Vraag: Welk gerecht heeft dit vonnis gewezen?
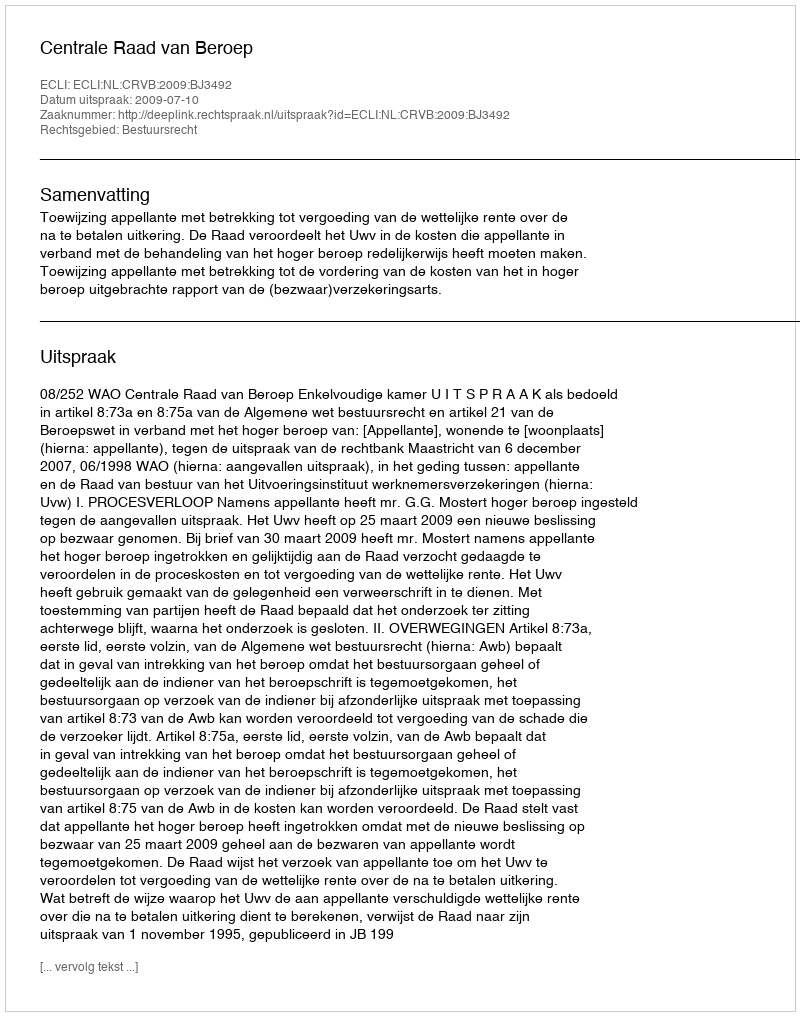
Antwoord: Centrale Raad van Beroep